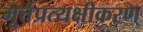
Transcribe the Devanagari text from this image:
मूर्त्तप्रत्यक्षीकरण्